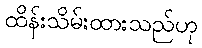
ထိန်းသိမ်းထားသည်ဟု